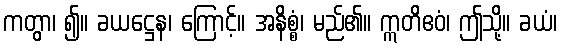
ကတွာ၊ ၍။ ခယဋ္ဌေန၊ ကြောင့်။ အနိစ္စံ၊ မည်၏။ ဣတိဧဝံ၊ ဤသို့။ ခယံ၊